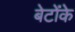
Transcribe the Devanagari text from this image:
बेटोंके